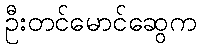
ဦးတင်မောင်ဆွေက